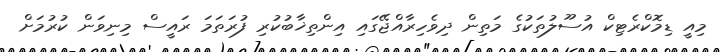
މިއީ ޑިމޮކްރެޓިކް އުސޫލުތަކުގެ މަތިން ދިވެހިރާއްޖޭގައި އިންތިޚާބުކުރި ފުރަތަމަ ރައީސް މިނިވަން ކުރުމަށް